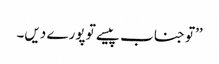
’’تو جناب پیسے تو پورے دیں۔